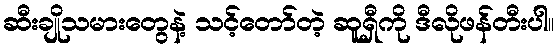
ဆီးချိုသမားတွေနဲ့ သင့်တော်တဲ့ ဆူရှီကို ဒီလိုဖန်တီးပါ။